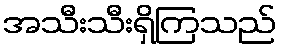
အသီးသီးရှိကြသည်